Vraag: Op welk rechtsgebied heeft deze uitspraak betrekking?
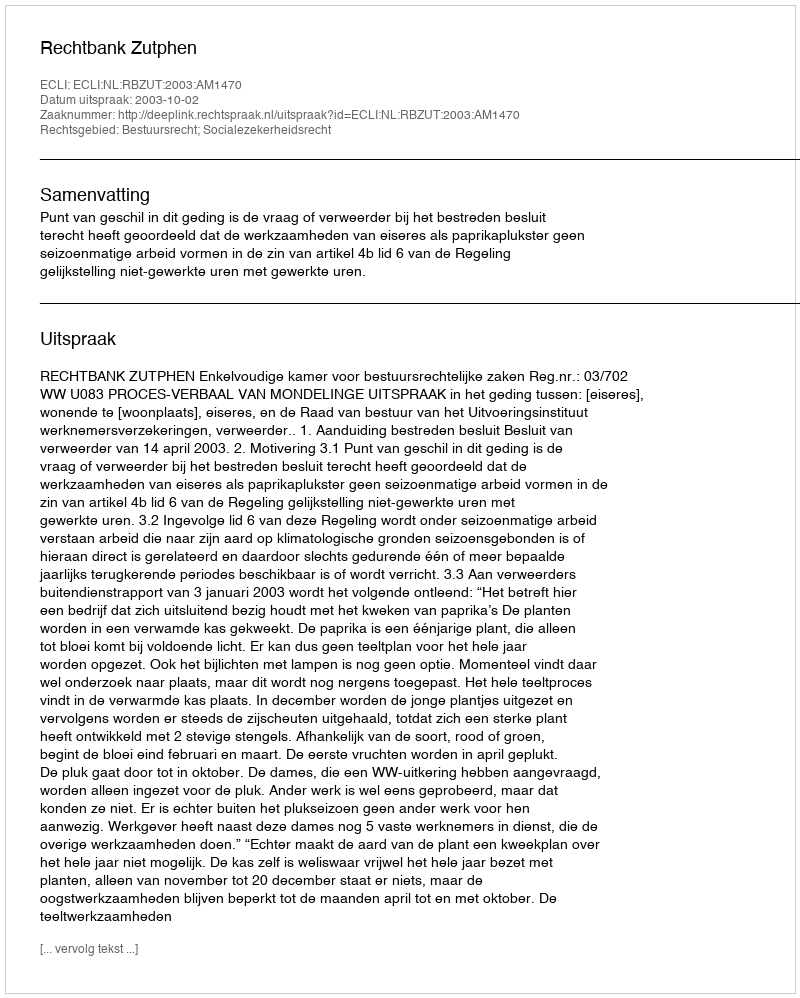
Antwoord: Bestuursrecht; Socialezekerheidsrecht